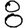
Digit: 8